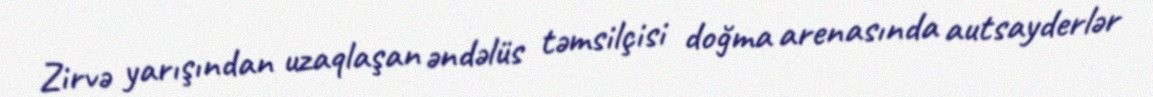
Zirvə yarışından uzaqlaşan əndəlüs təmsilçisi doğma arenasında autsayderlər